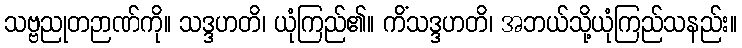
သဗ္ဗညုတဉာဏ်ကို။ သဒ္ဒဟတိ၊ ယုံကြည်၏။ ကိံသဒ္ဒဟတိ၊ အဘယ်သို့ယုံကြည်သနည်း။